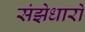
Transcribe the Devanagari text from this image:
संझेधारों